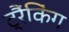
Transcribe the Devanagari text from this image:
ट्रैंकिंग